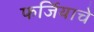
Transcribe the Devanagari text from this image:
फर्जियाचे